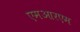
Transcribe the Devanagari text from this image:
एमआरएम